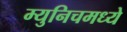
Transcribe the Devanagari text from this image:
म्युनिचमध्ये